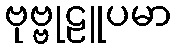
ဗုဗ္ဗုဠူပမာ